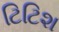
ટિટિશ